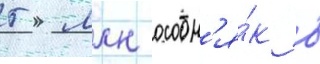
5 млн особн'я́к в